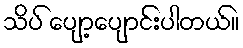
သိပ် ပျော့ပျောင်းပါတယ်။